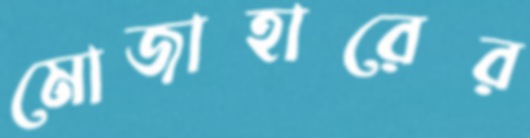
মোজাহারের